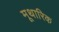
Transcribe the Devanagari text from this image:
मूथारिक